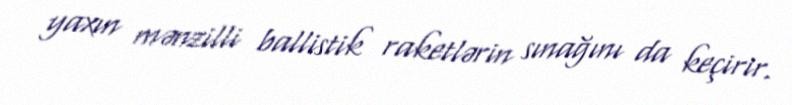
yaxın mənzilli ballistik raketlərin sınağını da keçirir.